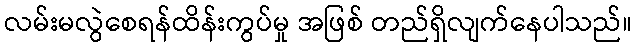
လမ်းမလွဲစေရန်ထိန်းကွပ်မှု အဖြစ် တည်ရှိလျက်နေပါသည်။